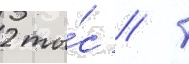
2 ты́с // Т